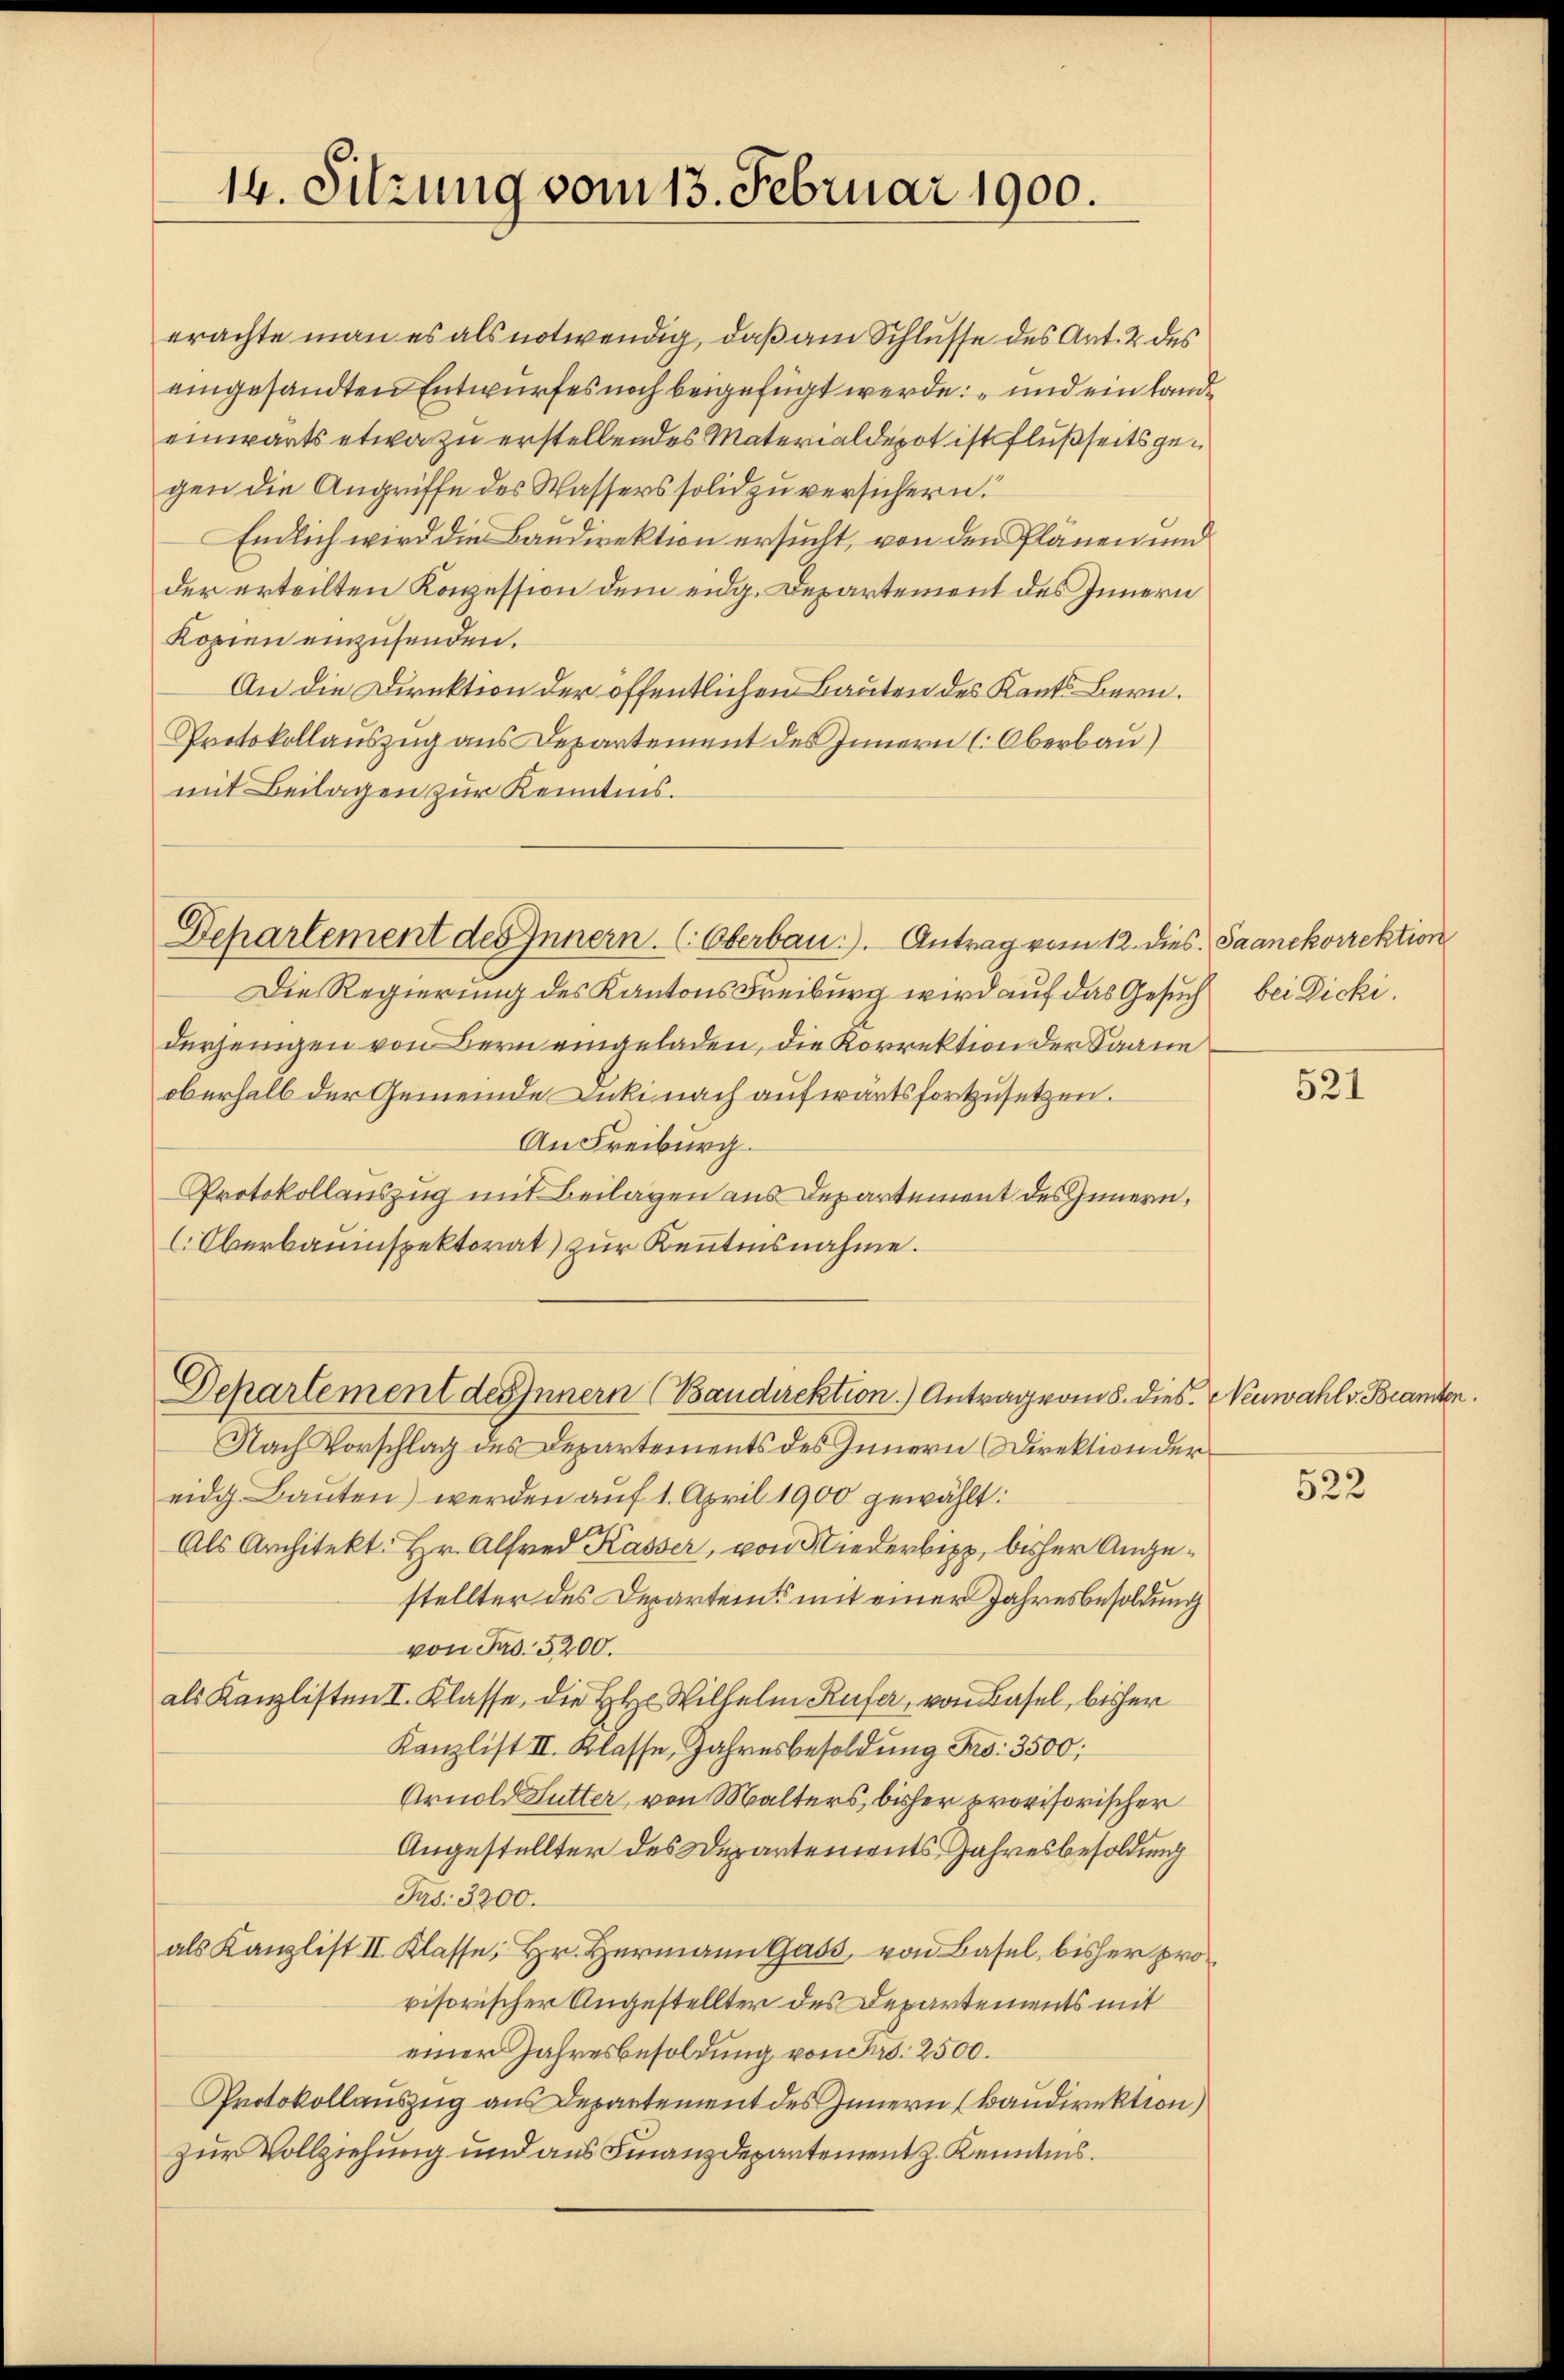
14. Sitzung vom 13. Februar 1900.

erachte man es als notwendig, daß am Schlusse des Art. 2 des
eingesandten Entwurfes noch beigefügt werde; und ein Lande
einwärts etwa zu erstellendes Materialdepot ist Flußseits gegen die Angriffe des Wassers solid zu versichern.
Endlich wird die Baudirektion ersucht, von den Plänen und
der erteilten Konzession dem eidg. Departement des Innern
Kopien einzusenden.
An die Direktion der öffentlichen Bauten des Kants Bern.
Protokollauszug aus Departement des Innern (Oberbau)
mit Beilagen zur Kenntnis.
Departement des Innern. (Oberbau.). Antrag vom 12. dies Saanekorrektion
Die Regierung des Kantons Freiburg wird auf das Gesuch bei Dicki
derjenigen von Bern eingeladen, die Korrektion der Saane
oberhalb der Gemeinde Dicki nach aufwärtsfortzusetzen.
An Freiburg.
Protokollauszug mit Beilagen aus Departement des Innern,
lOberbauinspektorat zur Kenntnisnahme.

Nach Vorschlag des Departements des Innern Direktion der
eidg. Bauten) werden auf 1. April 1900 gewählt:
Als Architekt: Hr. Alfred Kasser, von Niederbepp, bisher Angestellter des Departeits mit einer Jahresbesoldung
von Fr. 5200.
als Kanzlisten I. Klasse, die H. Wilhelm Rufer, von Basel, bisher
Kanzlist II. Klasse, Jahresbesoldung Fr. 3500;
Arnold Lutter, von Malters, bisher provisorischer
Angestellter des Departements Jahresbesoldung
Jus: 3200.
als Kanzlist II Klasse, Hr. Hermann Gass, von Basel, bisher pro
visorischer Angestellter des Departements mit
einer Jahresbesoldung von Fr. 2500.
Protokollauszug aus Departement des Innern (Baudirektion)
zur Vollziehung und aus Finanzdepantement z. Kenntnis.

Departement des Innern (Baudirektion) Antrag vom 8. dies. Neuwahl v. Beamten

521

522